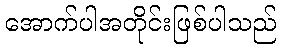
အောက်ပါအတိုင်းဖြစ်ပါသည်